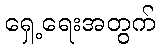
ရှေ့ရေးအတွက်